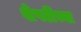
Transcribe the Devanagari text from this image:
शेपटींच्या